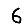
Digit: 6